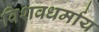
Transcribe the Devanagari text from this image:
विशवधर्माय